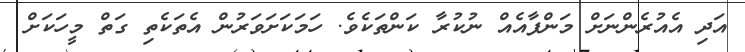
އަދި އެއުރެންނަށް މަންފާއެއް ނުކުރާ ކަންތަކެވެ. ހަމަކަށަވަރުން އެތަކެތި ގަތް މީހަކަށް